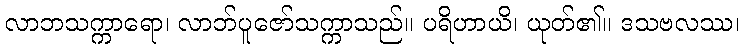
လာဘသက္ကာရော၊ လာဘ်ပူဇော်သက္ကာသည်။ ပရိဟာယိ၊ ယုတ်၏။ ဒသဗလဿ၊